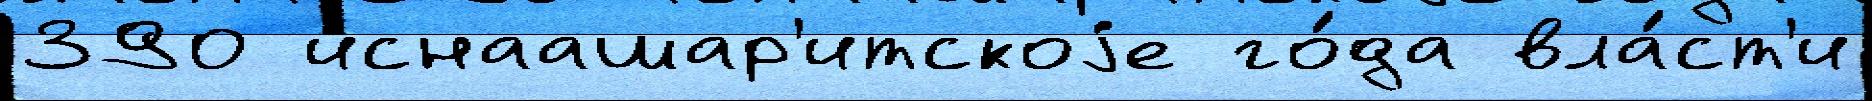
390 иснаашар'итскоjе го́да вла́ст'и